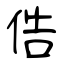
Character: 俈